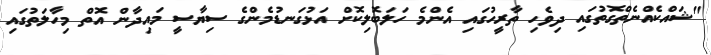
"ޝައްކެއްނެތްގޮތުގައި ދިވެހި ތާރީހުގައި އެންމެ ހަލަބޮލިކޮށް އަޅުގަނޑުމެންގެ ސިޔާސީ މައިދާން އޮތް މިހާލަތުގައި